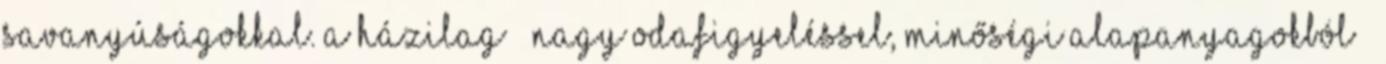
savanyúságokkal. A házilag – nagy odafigyeléssel, minőségi alapanyagokból –